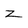
Character: z